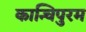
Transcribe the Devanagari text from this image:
कान्चिपुरम